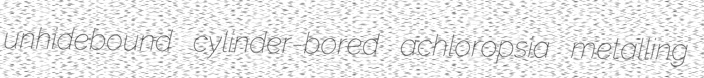
unhidebound cylinder-bored achloropsia metalling